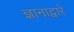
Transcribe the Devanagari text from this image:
ज्ञानाद्वारे